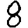
Digit: 8